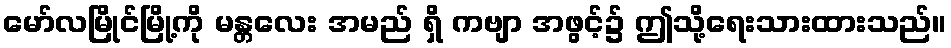
မော်လမြိုင်မြို့ကို မန္တလေး အမည် ရှိ ကဗျာ အဖွင့်၌ ဤသို့ရေးသားထားသည်။